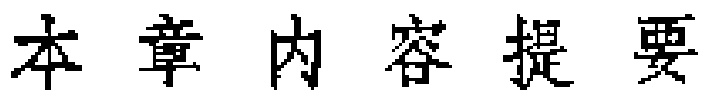
本章内容提要